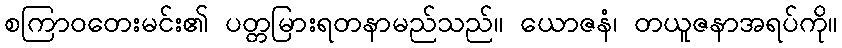
စကြာဝတေးမင်း၏ ပတ္တမြားရတနာမည်သည်။ ယောဇနံ၊ တယူဇနာအရပ်ကို။